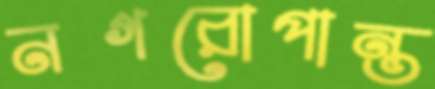
নগরোপান্ত